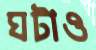
ঘটাও